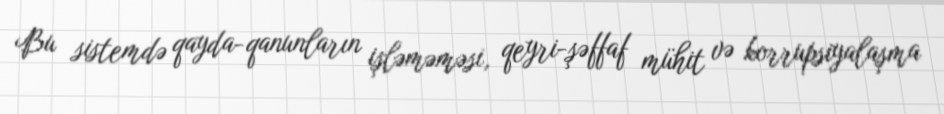
Bu sistemdə qayda-qanunların işləməməsi, qeyri-şəffaf mühit və korrupsiyalaşma